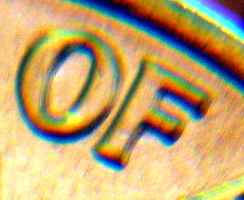
OF